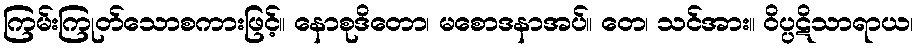
ကြမ်းကြုတ်သောစကားဖြင့်။ နောစုဒိတော၊ မစောဒနာအပ်။ တေ၊ သင်အား။ ဝိပ္ပဋိသာရာယ၊